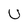
Character: u